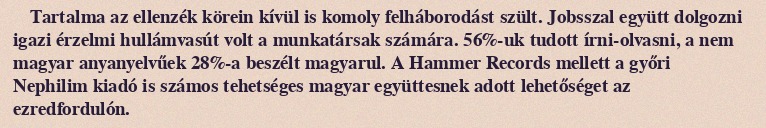
Tartalma az ellenzék körein kívül is komoly felháborodást szült. Jobsszal együtt dolgozni igazi érzelmi hullámvasút volt a munkatársak számára. 56%-uk tudott írni-olvasni, a nem magyar anyanyelvűek 28%-a beszélt magyarul. A Hammer Records mellett a győri Nephilim kiadó is számos tehetséges magyar együttesnek adott lehetőséget az ezredfordulón.